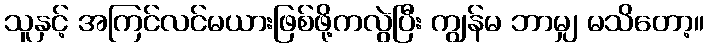
သူနှင့် အကြင်လင်မယားဖြစ်ဖို့ကလွဲပြီး ကျွန်မ ဘာမျှ မသိတော့။